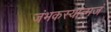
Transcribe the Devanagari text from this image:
जंभकस्यात्मजं